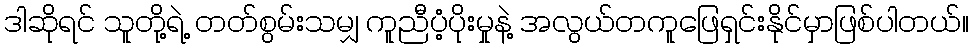
ဒါဆိုရင် သူတို့ရဲ့ တတ်စွမ်းသမျှ ကူညီပံ့ပိုးမှုနဲ့ အလွယ်တကူဖြေရှင်းနိုင်မှာဖြစ်ပါတယ်။